Civil Veterinary Department. Madras. Admin. report 1926-33 - 1926-1933
Year: 1926
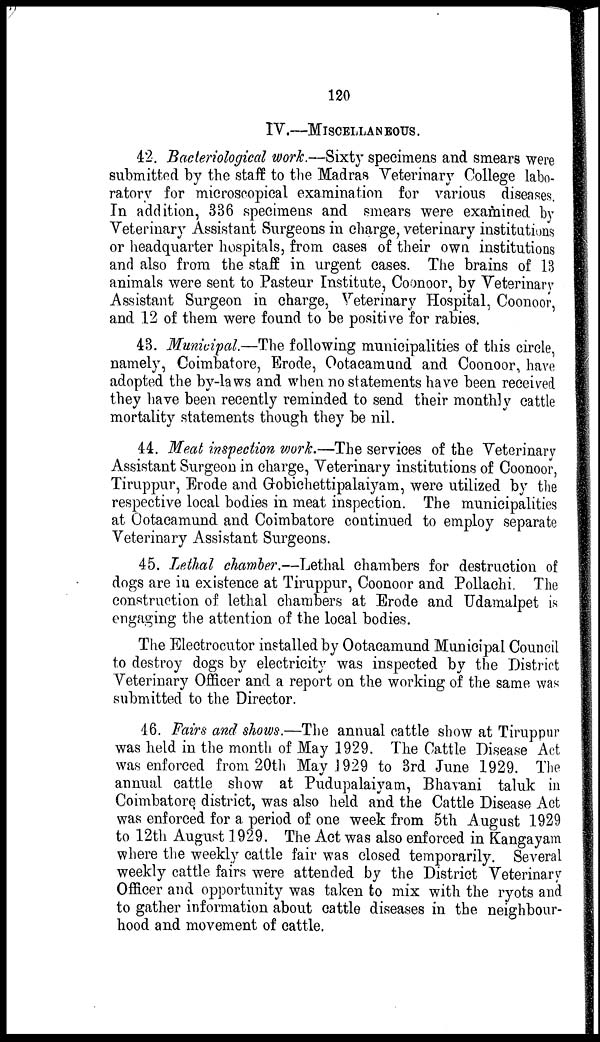
120
IV.—MISCELLANEOUS.
42. Bacteriological work.—Sixty specimens and smears were
submitted by the staff to the Madras Veterinary College labo-
ratory for microscopical examination for various diseases.
In addition, 336 specimens and smears were examined by
Veterinary Assistant Surgeons in charge, veterinary institutions
or headquarter hospitals, from cases of their own institutions
and also from the staff in urgent cases. The brains of 13
animals were sent to Pasteur Institute, Coonoor, by Veterinary
Assistant Surgeon in charge, Veterinary Hospital, Coonoor,
and 12 of them were found to be positive for rabies.
43. Municipal.—The following municipalities of this circle,
namely, Coimbatore, Erode, Ootacamund and Coonoor, have
adopted the by-laws and when no statements have been received
they have been recently reminded to send their monthly cattle
mortality statements though they be nil.
44. Meat inspection work.—The services of the Veterinary
Assistant Surgeon in charge, Veterinary institutions of Coonoor,
Tiruppur, Erode and Gobichettipalaiyam, were utilized by the
respective local bodies in meat inspection. The municipalities
at Ootacamund and Coimbatore continued to employ separate
Veterinary Assistant Surgeons.
45. Lethal chamber.—Lethal chambers for destruction of
dogs are in existence at Tiruppur, Coonoor and Pollachi. The
construction of lethal chambers at Erode and Udamalpet is
engaging the attention of the local bodies.
The Electrocutor installed by Ootacamund Municipal Council
to destroy dogs by electricity was inspected by the District
Veterinary Officer and a report on the working of the same was
submitted to the Director.
46. Fairs and shows.—The annual cattle show at Tiruppur
was held in the month of May 1929. The Cattle Disease Act
was enforced from 20th May 1929 to 3rd June 1929. The
annual cattle show at Pudupalaiyam, Bhavani taluk in
Coimbatore district, was also held and the Cattle Disease Act
was enforced for a period of one week from 5th August 1929
to 12th August 1929. The Act was also enforced in Kangayam
where the weekly cattle fair was closed temporarily. Several
weekly cattle fairs were attended by the District Veterinary
Officer and opportunity was taken to mix with the ryots and
to gather information about cattle diseases in the neighbour-
hood and movement of cattle.